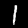
Label: 1